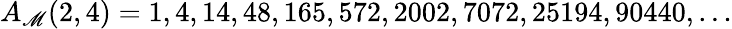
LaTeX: A_{\mathscr{M}}(2,4)=1,4,14,48,165,572,2002,7072,25194,90440,\ldots